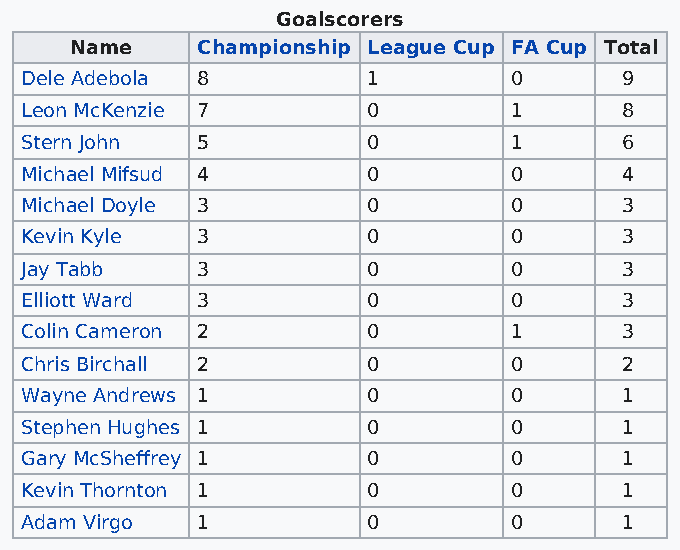
Goalscorers
 Name    Championship League Cup FA Cup Total
 Dele Adebola 8         1         0      9
 Leon McKenzie 7        0         1      8
 Stern John  5          0         1      6
 Michael Mifsud 4       0         0      4
 Michael Doyle 3        0         0      3
 Kevin Kyle  3          0         0      3
 Jay Tabb    3          0         0      3
 Elliott Ward 3         0         0      3
 Colin Cameron 2        0         1      3
 Chris Birchall 2       0         0      2
 Wayne Andrews 1        0         0      1
 Stephen Hughes 1       0         0      1
 Gary McSheffrey 1      0         0      1
 Kevin Thornton 1       0         0      1
 Adam Virgo  1          0         0      1